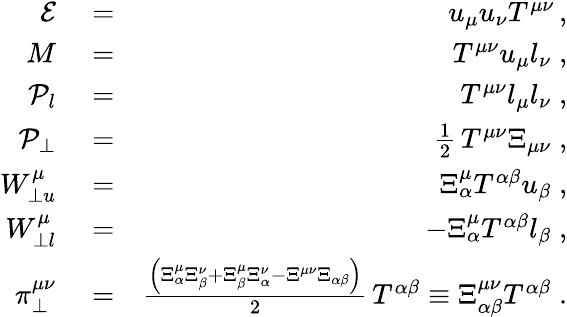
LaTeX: \begin{array}{rlr}{\mathcal{E}}&{{}=}&{u_{\mu}u_{\nu}T^{\mu\nu}\, ,}\\ {M}&{{}=}&{T^{\mu\nu}u_{\mu}l_{\nu}\; ,}\\ {\mathcal{P}_{l}}&{{}=}&{T^{\mu\nu}l_{\mu}l_{\nu}\; ,}\\ {\mathcal{P}_{\perp}}&{{}=}&{\frac{1}{2}\, T^{\mu\nu}\Xi_{\mu\nu}\; ,}\\ {W_{\perp u}^{\mu}}&{{}=}&{\Xi_{\alpha}^{\mu}T^{\alpha\beta}u_{\beta}\; ,}\\ {W_{\perp l}^{\mu}}&{{}=}&{-\Xi_{\alpha}^{\mu}T^{\alpha\beta}l_{\beta}\; ,}\\ {\pi_{\perp}^{\mu\nu}}&{{}=}&{\frac{\left(\Xi_{\alpha}^{\mu}\Xi_{\beta}^{\nu}+\Xi_{\beta}^{\mu}\Xi_{\alpha}^{\nu}-\Xi^{\mu\nu}\Xi_{\alpha\beta}\right)}{2}\, T^{\alpha\beta}\equiv\Xi_{\alpha\beta}^{\mu\nu}T^{\alpha\beta}\; .}\end{array}